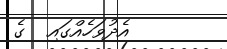
އެދުވަހެއްގައި  ގެ